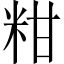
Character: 粓